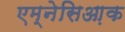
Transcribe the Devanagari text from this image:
एम्नेसिआ़क